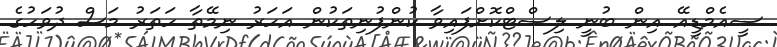
ސީއެމްޑީއޭ އިން ބުނީ ލިސްޓްކޮށްފައިވާ ކުންފުނިތަކުން އަހަރު ނިމޭތާ ހަތަރު މަސް ދުވަހުގެ